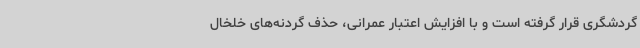
گردشگری قرار گرفته است و با افزایش اعتبار عمرانی، حذف گردنه‌های خلخال